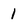
Character: 1